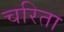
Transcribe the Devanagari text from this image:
चरिता